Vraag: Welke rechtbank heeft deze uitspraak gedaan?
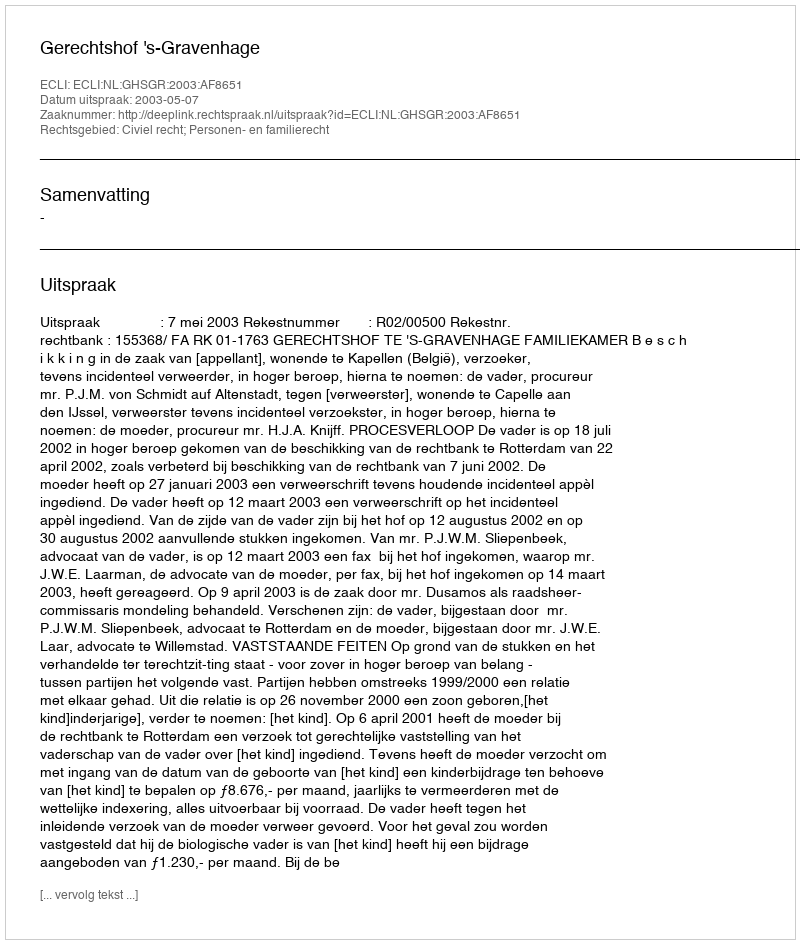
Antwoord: Gerechtshof 's-Gravenhage